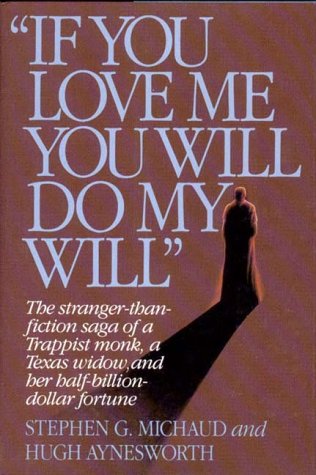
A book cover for If You Love Me, You Will Do My Will; Stephen G. Michaud; Law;